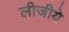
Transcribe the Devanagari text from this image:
लीजीये